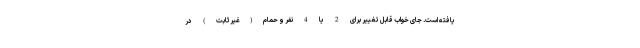
یافته است. جای خواب قابل تغییر برای 2 یا 4 نفر و حمام(غیرثابت) در